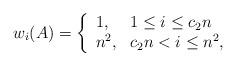
LaTeX: \begin{align*} w_i(A) = \left\{ \begin{array}{ll} 1, & 1 \le i \le c_2n \\ n^2, & c_2n < i \le n^2 , \end{array} \right. \end{align*}